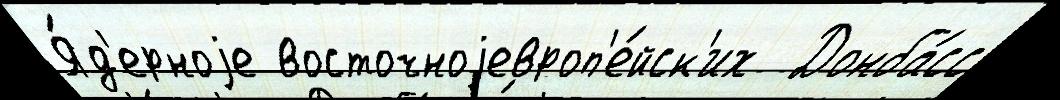
Я́д'ерноjе восточноjевроп'е́йск'их  Донба́сс